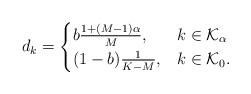
LaTeX: \begin{align*} d_k=\begin{cases}b\frac{1+(M-1)\alpha}{M}, & k \in \mathcal{K}_{\mathrm{\alpha}}\\(1-b)\frac{1}{K-M}, & k \in \mathcal{K}_{\mathrm{0}}.\end{cases}\end{align*}